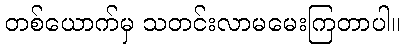
တစ်ယောက်မှ သတင်းလာမမေးကြတာပါ။